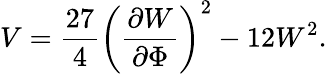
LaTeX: V=\frac{27}{4}\left(\frac{\partial W}{\partial\Phi}\right)^{2}-12W^{2}.